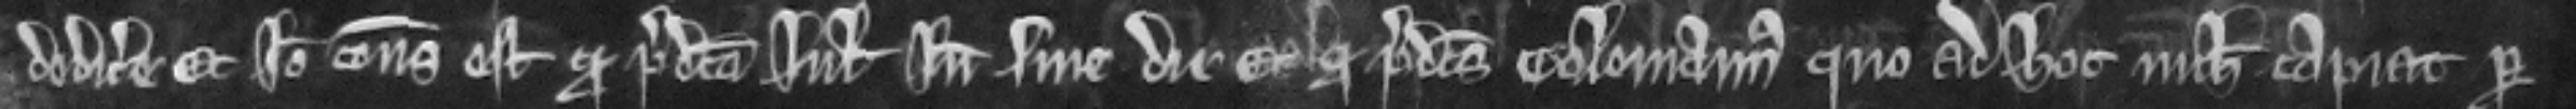
dedicere Et ideo consideratum est quod predicta Juliana inde sine die Et quod predictus Colemannus quo ad hoc nichil capiat per